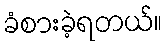
ခံစားခဲ့ရတယ်။